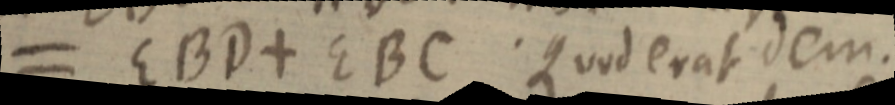
= EBD + EBC. Quod erat dem.